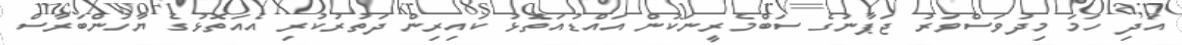
އަދި ހަމަ މިދުވަސްވަރު ޖަޕާނުގެ ސަބްމެރީނަކުން އައްޑުއަތޮޅު ކައިރިން ދަތުރުކުރި އެއަތޮޅުގެ ޔާހުންބަރާސް